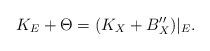
LaTeX: \begin{align*}K_{E}+\Theta=(K_{X}+ B''_X)|_{E}.\end{align*}